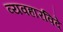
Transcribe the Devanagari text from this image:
व्यवहारविदे